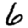
Digit: 6